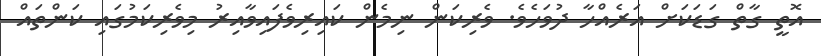
އޮތީ ގާތް ގަޑަކަށް އަރެއްހާ ދުވަހެވެ. ވެރިކަން ނިމެން ކައިރިވެފައިވާއިރު މިވެރިކަމުގައި ކަންތައް